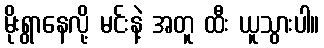
မိုးရွာနေလို့ မင်းနဲ့ အတူ ထီး ယူသွားပါ။